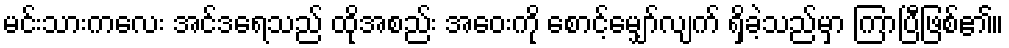
မင်းသားကလေး အင်ဒရေသည် ထိုအစည်း အဝေးကို စောင့်မျှော်လျက် ရှိခဲ့သည်မှာ ကြာပြီဖြစ်၏။